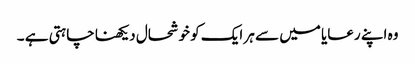
وہ اپنے رعایا میں سے ہر ایک کو خوشحال دیکھنا چاہتی ہے ۔